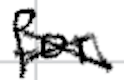
Text: for
Cross-out: cross
Writing tool: digital_black